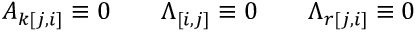
A _ { k [ j , i ] } \equiv 0 \qquad \Lambda _ { [ i , j ] } \equiv 0 \qquad \Lambda _ { r [ j , i ] } \equiv 0